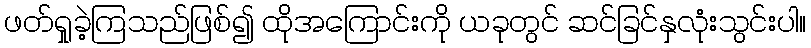
ဖတ်ရှုခဲ့ကြသည်ဖြစ်၍ ထိုအကြောင်းကို ယခုတွင် ဆင်ခြင်နှလုံးသွင်းပါ။